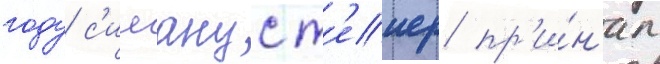
году с'илванус т'еиер пр'и́н'ял